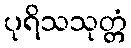
ပုရိသသုတ္တံ